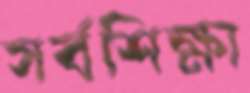
সর্বশিক্ষা